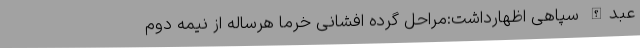
عبدالله سپاهی اظهارداشت:مراحل گرده افشانی خرما هرساله از نیمه دوم